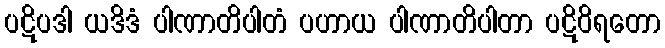
ပဋိပဒါ ယဒိဒံ ပါဏာတိပါတံ ပဟာယ ပါဏာတိပါတာ ပဋိဝိရတော